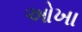
ઓખા